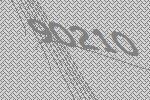
90210